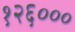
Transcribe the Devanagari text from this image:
१२६०००